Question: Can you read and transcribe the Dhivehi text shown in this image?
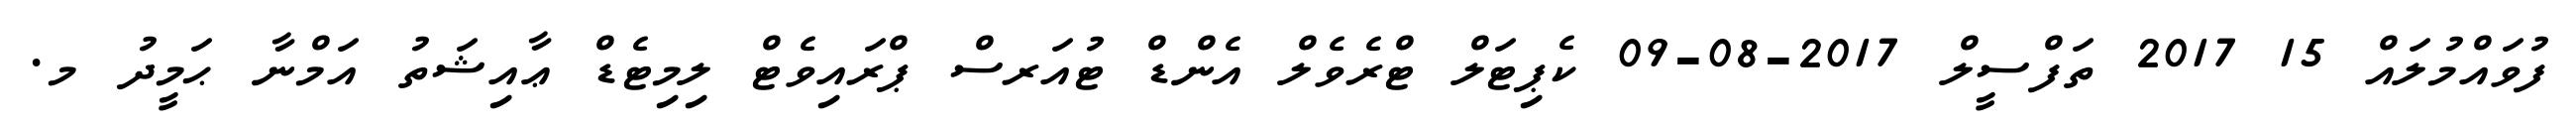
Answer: ފުވައްމުލައް 15 2017 ތަފްސީލް 2017-08-09 ކެޕިޓަލް ޓްރެވެލް އެންޑް ޓުއަރސް ޕްރައިވެޓް ލިމިޓެޑް ޢާއިޝަތު އަމްނާ ޙަމީދު މ.